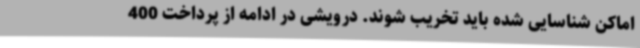
اماکن شناسایی شده باید تخریب شوند. درویشی در ادامه از پرداخت 400